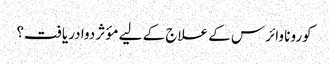
کورونا وائرس کے علاج کے لیے مؤثر دوا دریافت؟